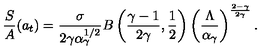
\frac { S } { A } ( a _ { t } ) = \frac { \sigma } { 2 \gamma \alpha _ { \gamma } ^ { 1 / 2 } } B \left( \frac { \gamma - 1 } { 2 \gamma } , \frac { 1 } { 2 } \right) \left( \frac { \Lambda } { \alpha _ { \gamma } } \right) ^ { \frac { 2 - \gamma } { 2 \gamma } } .